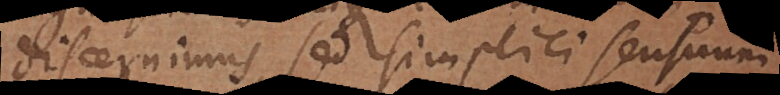
discernimus, sed simplici sensuum